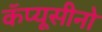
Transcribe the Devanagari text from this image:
कॅप्यूसीनो